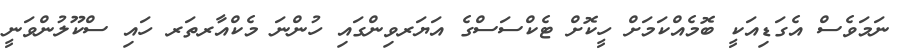
ނަމަވެސް އެގަޑިއަކީ ބޮމެއްކަމަށް ހީކޮށް ޓެކްސަސްގެ އަޔަރވިންގައި ހުންނަ މެކްއާރތަރ ހައި ސްކޫލުންވަނީ